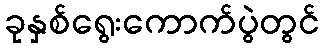
ခုနှစ်ရွေးကောက်ပွဲတွင်